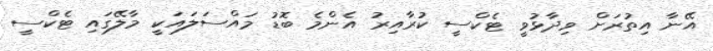
އޭނާ އިތުރަށް ވިދާޅުވީ ޓެކްސީ ކުރާއިރު އެންމެ ބޮޑު މައްސަލައަކީ މާލޭގައި ޓެކްސީ